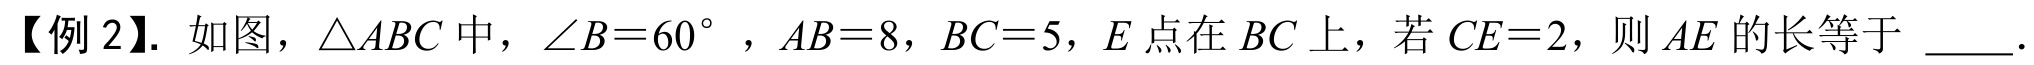
【例 2】. 如图，$\triangle ABC$中，$\angle B = 60^{\circ}$，$AB = 8$，$BC = 5$，$E$点在$BC$上，若$CE = 2$，则$AE$的长等于  ．